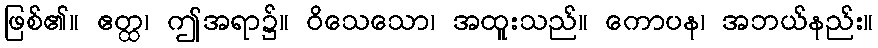
ဖြစ်၏။ ဧတ္ထ၊ ဤအရာ၌။ ဝိသေသော၊ အထူးသည်။ ကောပန၊ အဘယ်နည်း။